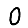
Digit: 0